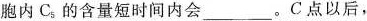
胞内C_{5}的含量短时间内会___。C点以后，